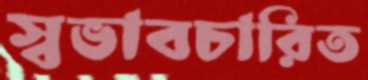
স্বভাবচারিত